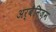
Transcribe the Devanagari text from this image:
अर्बैनिज़म